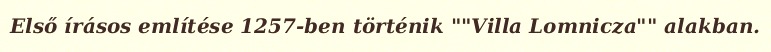
Első írásos említése 1257-ben történik ""Villa Lomnicza"" alakban.